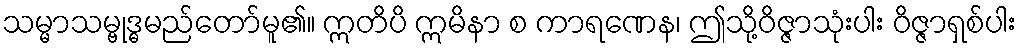
သမ္မာသမ္ဗုဒ္ဓမည်တော်မူ၏။ ဣတိပိ ဣမိနာ စ ကာရဏေန၊ ဤသို့ဝိဇ္ဇာသုံးပါး ဝိဇ္ဇာရှစ်ပါး